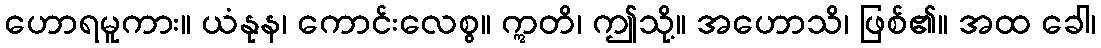
ဟောရမူကား။ ယံနုန၊ ကောင်းလေစွ။ ဣတိ၊ ဤသို့။ အဟောသိ၊ ဖြစ်၏။ အထ ခေါ၊